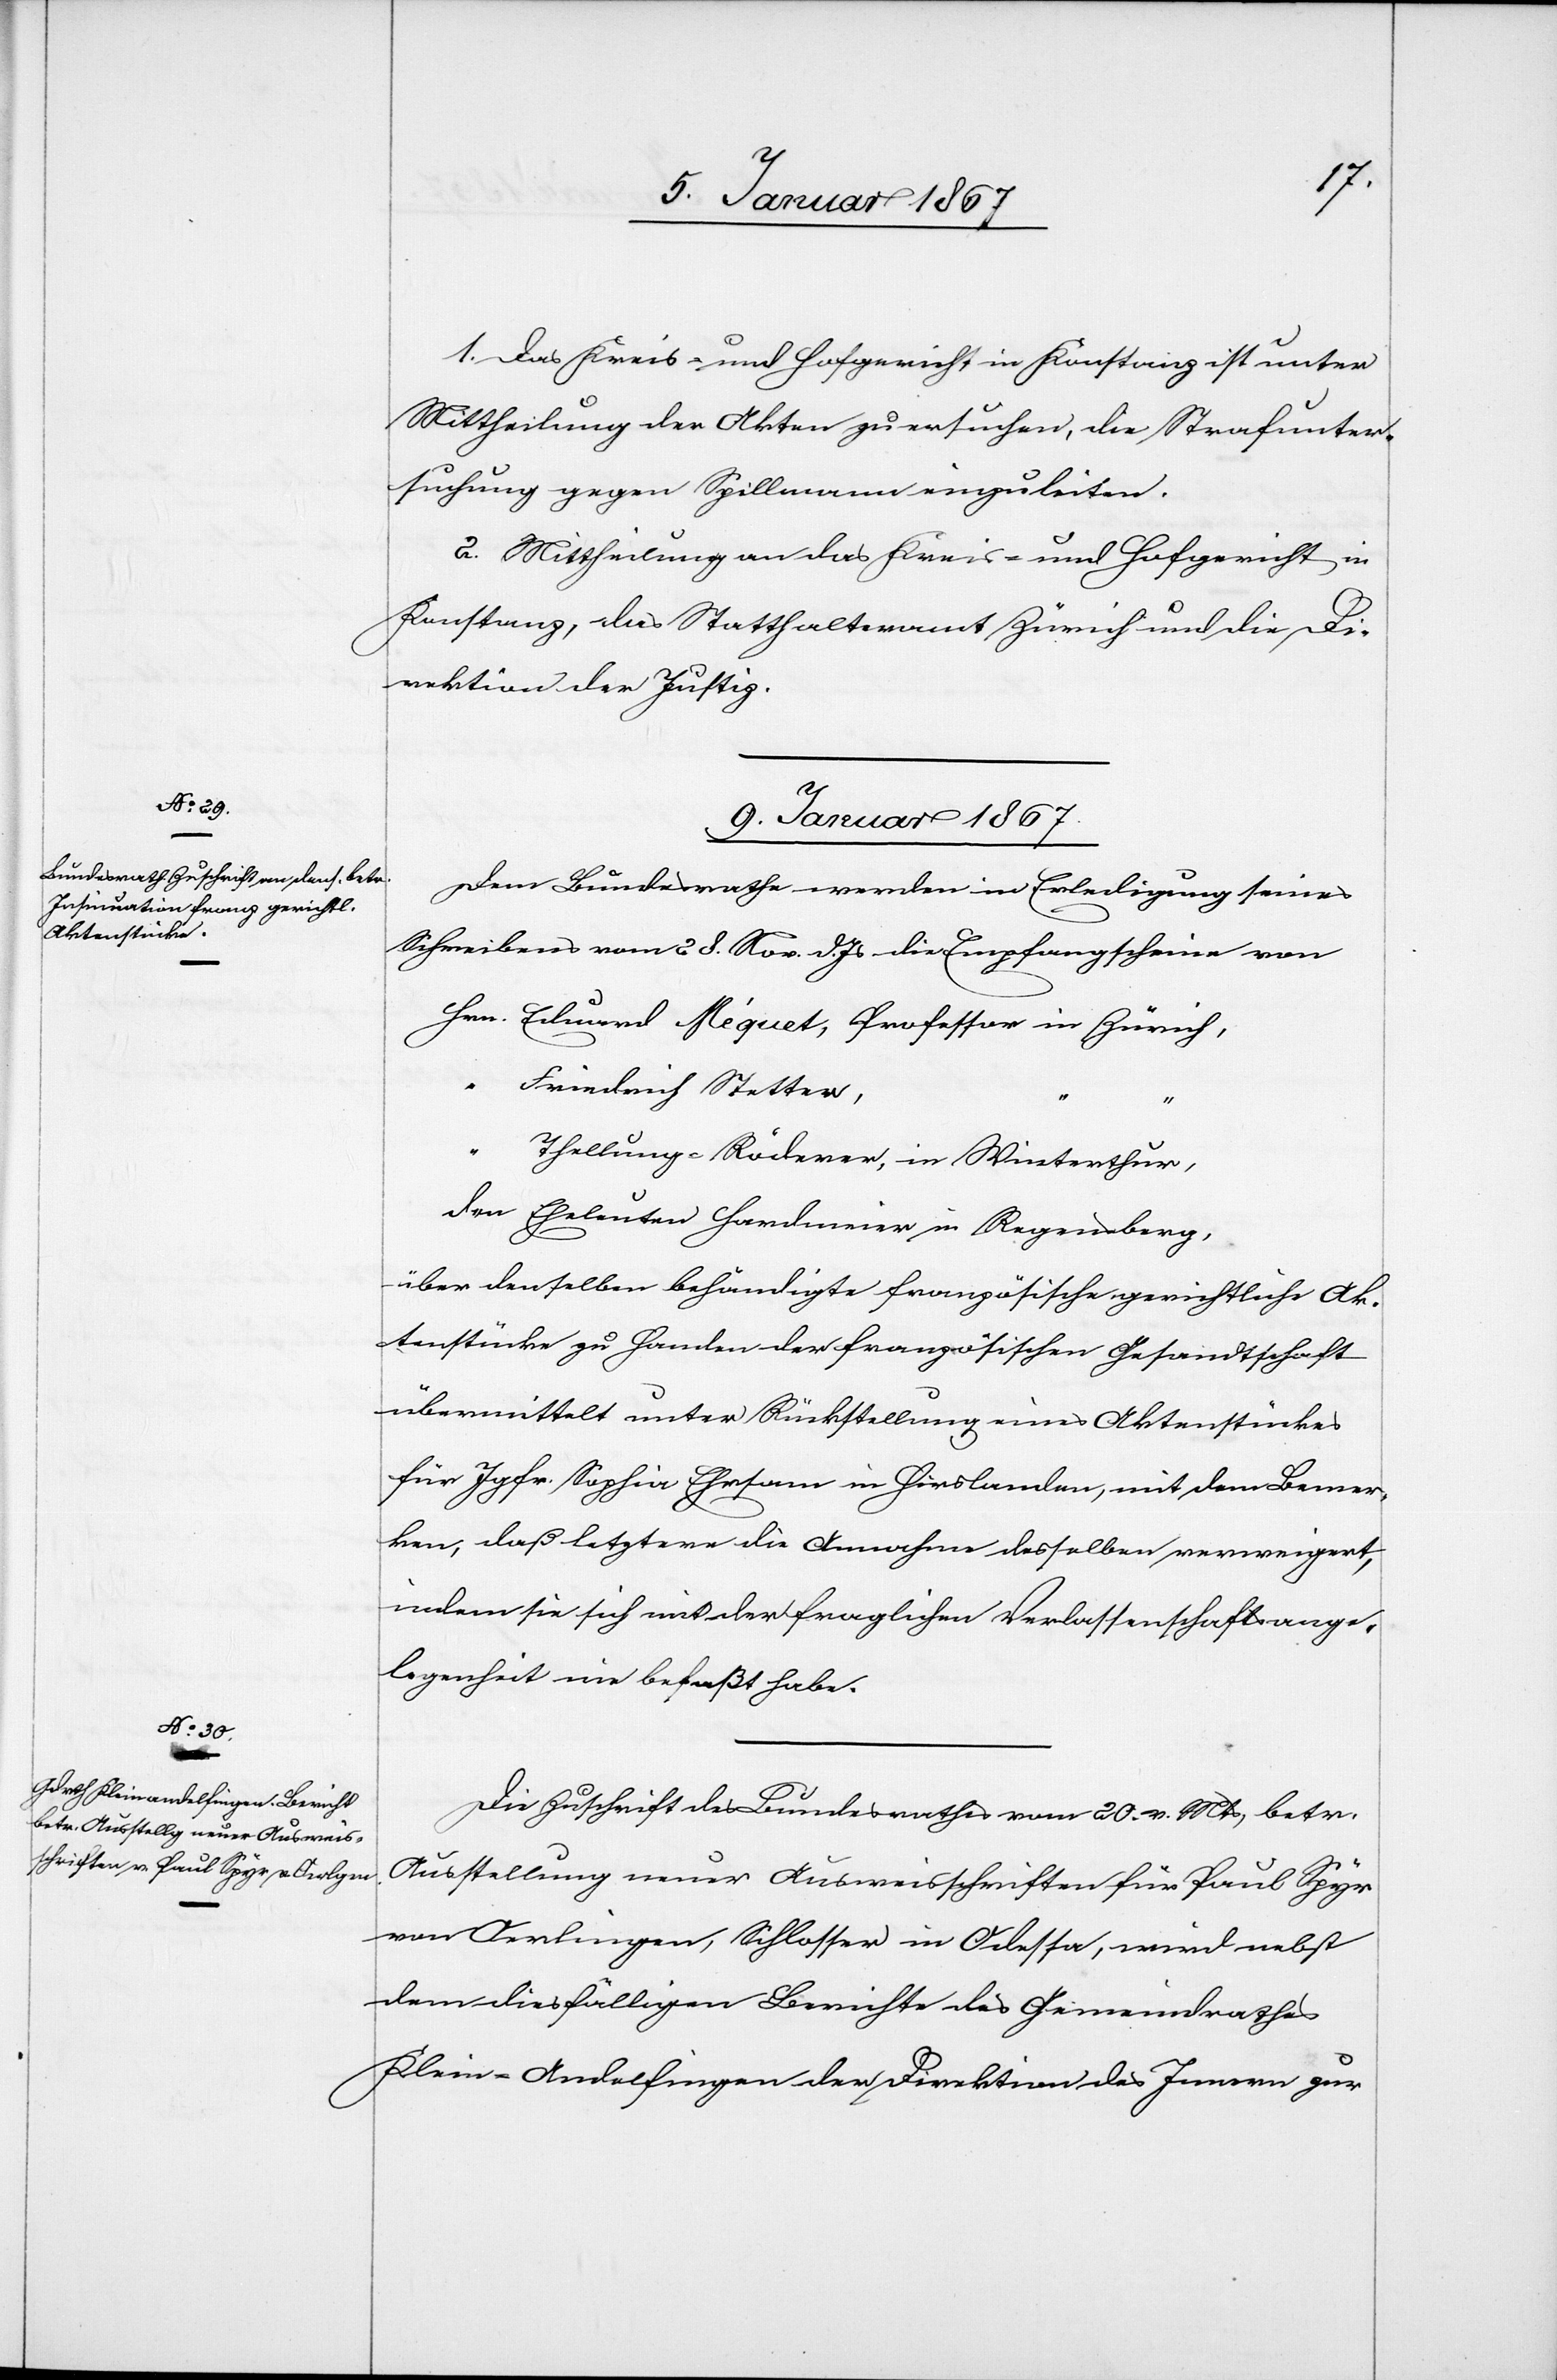
1. Das Kreis- und Hofgericht in Konstanz ist unter
Mittheilung der Akten zu ersuchen, die Strafunter¬
suchung gegen Spillmann einzuleiten.
2. Mittheilung an das Kreis- und Hofgericht in
Konstanz, das Statthalteramt Zürich und die Di¬
rektion der Justiz.
9. Januar 1867.]
Dem Bundesrathe werden in Erledigung seines
Schreiben vom 28. Nov. d. Js die Empfangscheine von
Hrn. Eduard Méquet, Professor in Zürich,
Friedrich Stetter,
‟	‟
Thellung-Röderer, in Winterhtur,
den Eheleuten Hardmeier in Regensberg,
über denselben behändigte französische gerichtliche Ak¬
tenstücke zu Handen der französischen Gesandtschaft
übermittelt unter Rückstellung eines Aktenstückes
für Jgfr. Sophia Ehrsam in Hirslanden, mit dem Bemer¬
ken, daß letztere die Annahme desselben verweigert,
indem sie sich mit der fraglichen Verlassenschaftsange¬
legenheit nie befaßt habe.
Die Zuschrift des Bundesrathes vom 20. v. Mts betr.
Ausstellung neuer Ausweisschriften für Paul Spyr
von Oerlingen, Schlosser in Odessa, wird nebst
dem diesfälligen Berichte des Gemeindrathes
Klein-Andelfingen der Direktion des Innern zur